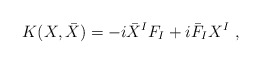
\begin{align*}K(X,\bar X)=-i{\bar X}^IF_I + i{\bar F}_I X^I\ ,\end{align*}